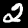
Label: 2